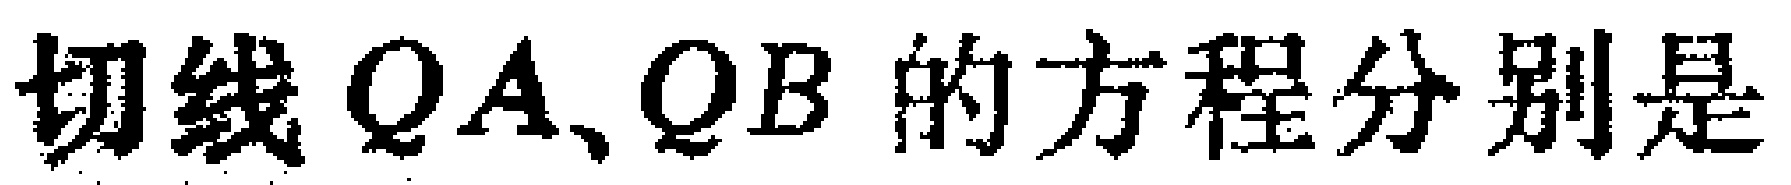
切线$QA、QB$的方程分别是